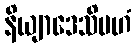
နိယျာဒေသိမဟံ